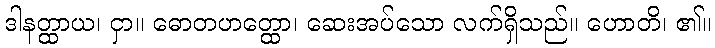
ဒါနတ္ထာယ၊ ငှာ။ ဓောတဟတ္ထော၊ ဆေးအပ်သော လက်ရှိသည်။ ဟောတိ၊ ၏။